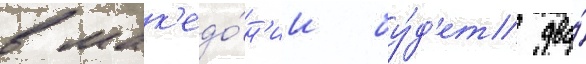
в мак'едо́н'ии бу́д'ет два́